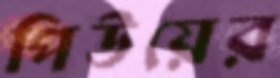
পিউয়ের